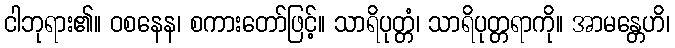
ငါဘုရား၏။ ဝစနေန၊ စကားတော်ဖြင့်။ သာရိပုတ္တံ၊ သာရိပုတ္တရာကို။ အာမန္တေဟိ၊